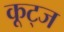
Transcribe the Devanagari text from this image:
कूट्ज